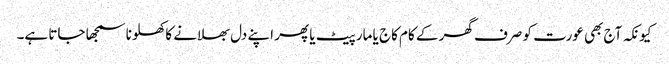
کیونکہ آج بھی عورت کو صرف گھر کے کام کاج یا مار پیٹ یا پھر اپنے دل بھلانے کا کھلونا سمجھا جاتا ہے۔